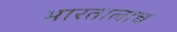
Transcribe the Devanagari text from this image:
भारतालाच